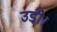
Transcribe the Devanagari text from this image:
उडी़ं।